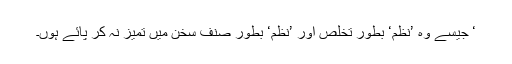
‘ جیسے وہ ’نظم‘ بطور تخلص اور ’نظم‘ بطور صنف سخن میں تمیز نہ کر پائے ہوں۔